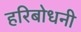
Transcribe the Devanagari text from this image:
हरिबोधनी